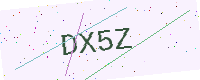
Text: DX5Z